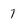
Character: 7